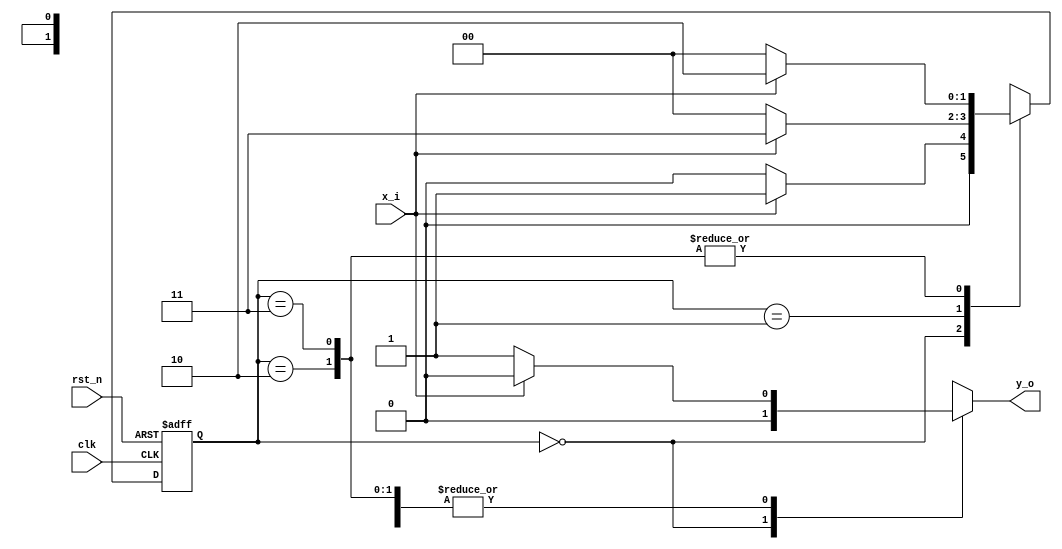
`timescale 1ns / 1ps
//////////////////////////////////////////////////////////////////////////////////
// Company: 
// Engineer: 
// 
// Design Name: 
// Module Name: fsm_mealy_param
// Project Name: 
// Target Devices: 
// Tool Versions: 
// Description: 
// 
// Dependencies: 
// 
// Revision:
// Revision 0.01 - File Created
// Additional Comments:
// 
//////////////////////////////////////////////////////////////////////////////////


module fsm_mealy_param
(
input x_i,
input rst_n,
input clk,
output y_o
);

localparam S0 = 2'b00;
localparam S1 = 2'b01;
localparam S2 = 2'b10;
localparam S3 = 2'b11;

reg y;
reg [1:0] state;

always @(posedge clk, negedge rst_n) begin
    if (rst_n == 1'b0) begin
        state <= S0;
    end
    else begin
        case (state)
            S0 : begin
                if (x_i == 1'b0) begin
                    state <= S0;
                end
                else begin
                    state <= S1;
                end
            end 
            S1 : begin
                if (x_i == 1'b0) begin
                    state <= S0;
                end
                else begin
                    state <= S3;
                end                
            end
            S2 : begin
                if (x_i == 1'b0) begin
                    state <= S0;
                end
                else begin
                    state <= S2;
                end                 
            end
            S3 : begin
                if (x_i == 1'b0) begin
                    state <= S0;
                end
                else begin
                    state <= S2;
                end                  
            end
            default : begin
                state <= S0;
            end 
        endcase
    end
end

always @(*) begin
   case (state)
    S0 : begin
        if (x_i == 1'b0) begin
            y = 1'b0;
        end
        else begin
            y = 1'b0;
        end 
    end 
    S1 : begin
        if (x_i == 1'b0) begin
            y = 1'b1;
        end
        else begin
            y = 1'b0;
        end         
    end
    S2 : begin
        if (x_i == 1'b0) begin
            y = 1'b1;
        end
        else begin
            y = 1'b0;
        end         
    end
    S3 : begin
        if (x_i == 1'b0) begin
            y = 1'b1;
        end
        else begin
            y = 1'b0;
        end           
    end
    default : begin
        
    end 
   endcase
end

assign y_o = y;

endmodule